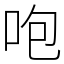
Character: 咆